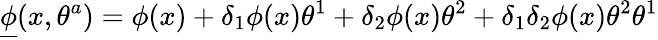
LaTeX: {\underline{{\phi}}}(x,\theta^{a})=\phi(x)+\delta_{1}\phi(x)\theta^{1}+\delta_{2}\phi(x)\theta^{2}+\delta_{1}\delta_{2}\phi(x)\theta^{2}\theta^{1}